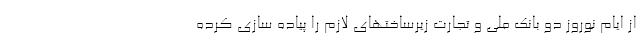
از ایام نوروز دو بانک ملی و تجارت زیرساختهای لازم را پیاده سازی کرده